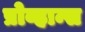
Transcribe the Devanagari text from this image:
प्रोव्हान्स